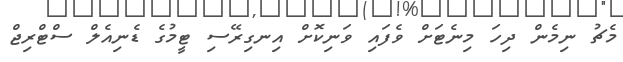
މެޗު ނިމެން ދިހަ މިނެޓަށް ވެފައި ވަނިކޮށް އިނގިރޭސި ޓީމުގެ ޑެނިއެލް ސްޓްރިޖް